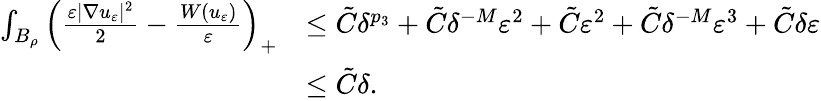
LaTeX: \begin{array}{rl}{\int_{B_{\rho}}\left(\frac{\varepsilon|\nabla u_{\varepsilon}|^{2}}{2}-\frac{W(u_{\varepsilon})}{\varepsilon}\right)_{+}}&{\leq\tilde{C}\delta^{p_{3}}+\tilde{C}\delta^{-M}\varepsilon^{2}+\tilde{C}\varepsilon^{2}+\tilde{C}\delta^{-M}\varepsilon^{3}+\tilde{C}\delta\varepsilon}\\ &{\leq\tilde{C}\delta.}\end{array}